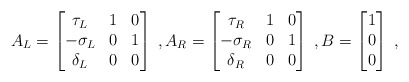
\begin{align*}A_L = \begin{bmatrix}\tau_L & 1 & 0 \\-\sigma_L & 0 & 1 \\\delta_L & 0 & 0\end{bmatrix} \;, A_R = \begin{bmatrix}\tau_R & 1 & 0 \\-\sigma_R & 0 & 1 \\\delta_R & 0 & 0\end{bmatrix} \;, B = \begin{bmatrix}1 \\ 0 \\ 0\end{bmatrix} \;,\end{align*}